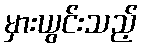
မှားယွင်းသည့်